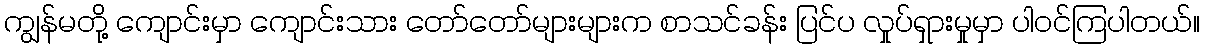
ကျွန်မတို့ ကျောင်းမှာ ကျောင်းသား တော်တော်များများက စာသင်ခန်း ပြင်ပ လှုပ်ရှားမှုမှာ ပါဝင်ကြပါတယ်။